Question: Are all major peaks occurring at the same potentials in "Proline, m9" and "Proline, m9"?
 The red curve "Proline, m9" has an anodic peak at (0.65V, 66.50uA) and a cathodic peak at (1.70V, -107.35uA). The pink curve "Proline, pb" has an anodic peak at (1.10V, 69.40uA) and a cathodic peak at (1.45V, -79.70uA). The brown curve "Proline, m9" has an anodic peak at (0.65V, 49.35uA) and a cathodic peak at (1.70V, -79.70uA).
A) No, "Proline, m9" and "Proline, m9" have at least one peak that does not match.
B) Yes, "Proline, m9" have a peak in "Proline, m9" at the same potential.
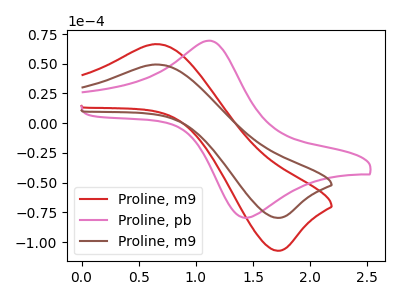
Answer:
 <answer>B) Yes, "Proline, m9" have a peak in "Proline, m9" at the same potential.</answer>
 <eval>B</eval>